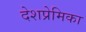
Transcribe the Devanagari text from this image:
देशप्रेमिका